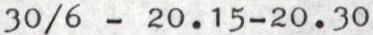
30/6 - 20.15-20.30